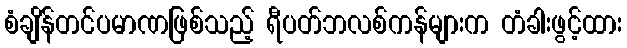
စံချိန်တင်ပမာဏဖြစ်သည့် ရီပတ်ဘလစ်ကန်များက တံခါးဖွင့်ထား